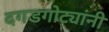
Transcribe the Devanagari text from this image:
दगडगोट्यांनी